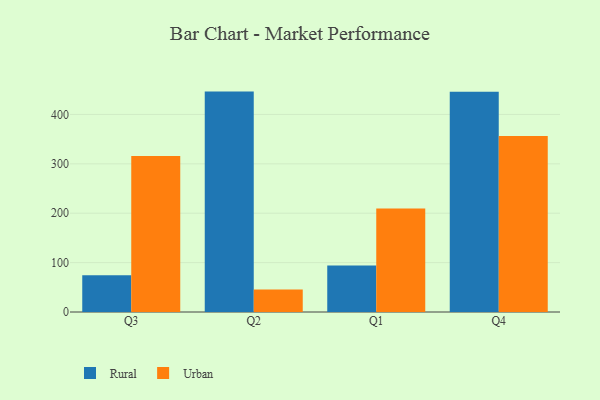
{"axis": {"x": "Quarter", "y": "Conversion Rate (%)"}, "legend": ["Rural", "Urban"], "data": [{"x": "Q3", "y": 74.6, "type": "Rural"}, {"x": "Q3", "y": 315.6, "type": "Urban"}, {"x": "Q2", "y": 446.2, "type": "Rural"}, {"x": "Q2", "y": 45.5, "type": "Urban"}, {"x": "Q1", "y": 94.2, "type": "Rural"}, {"x": "Q1", "y": 209.4, "type": "Urban"}, {"x": "Q4", "y": 446.1, "type": "Rural"}, {"x": "Q4", "y": 356.1, "type": "Urban"}]}